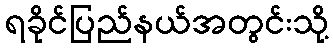
ရခိုင်ပြည်နယ်အတွင်းသို့